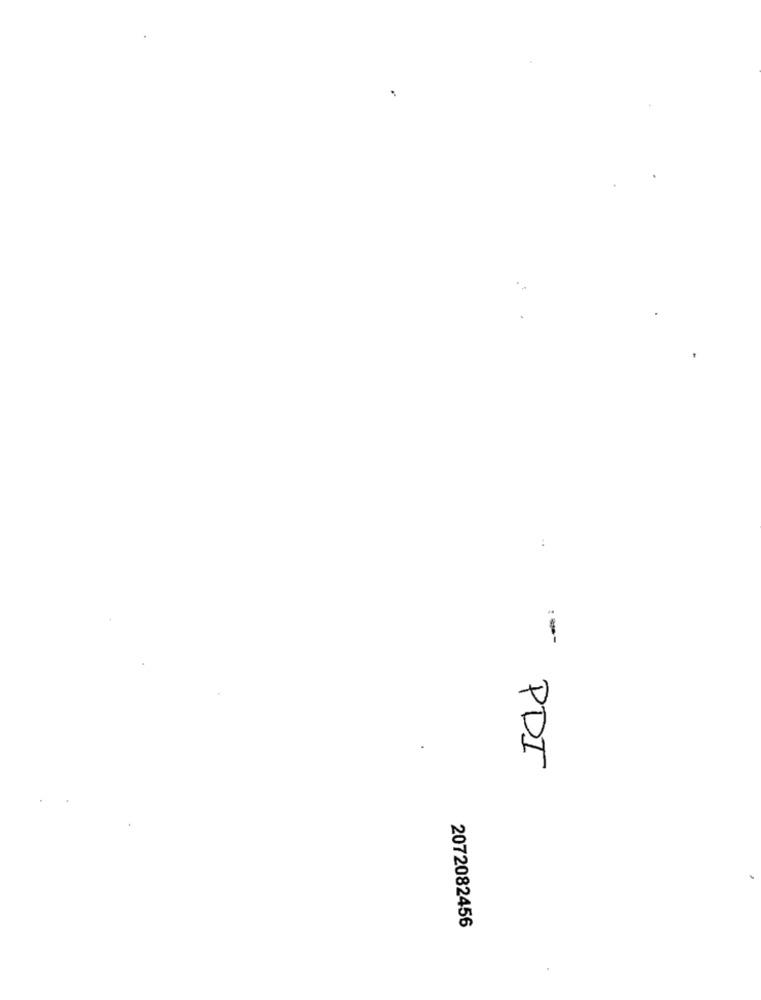
:--
-
PDI
2072082456